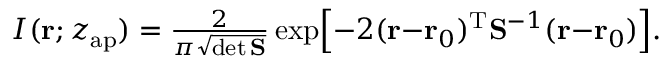
\begin{array} { r } { I ( \mathbf { r } ; z _ { \mathrm { a p } } ) = \frac { 2 } { \pi \sqrt { \operatorname* { d e t } \mathbf { S } } } \exp \Bigl [ - 2 ( { \mathbf { r } } { - } { \mathbf { r } } _ { 0 } ) ^ { \mathrm { T } } { \mathbf { S } } ^ { - 1 } ( { \bf r } { - } { \bf r } _ { 0 } ) \Bigr ] . } \end{array}